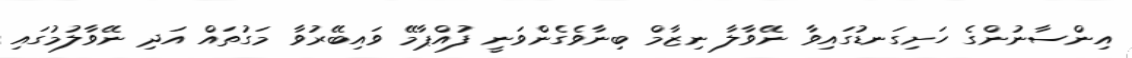
އިންސާނުންގެ ހަށިގަނޑުގައިވާ ނޭވާލާ ނިޒާމް ބިނާވެގެންވަނީ ފުއްޕާމޭ ވައިބޭރުވާ މަގުތައް އަދި ނޭވާލުމުގައި